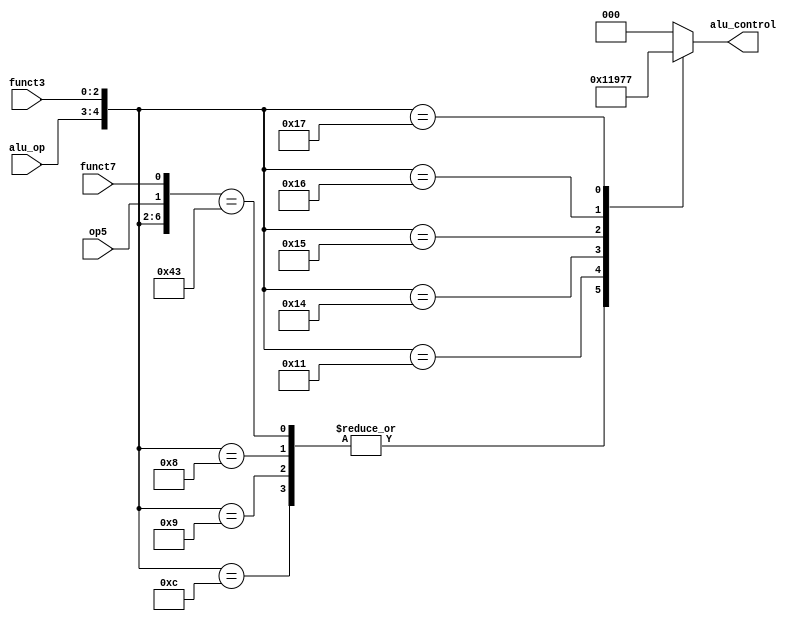
`timescale 1ns / 1ps
//////////////////////////////////////////////////////////////////////////////////
// Company: 
// Engineer: 
// 
// Design Name: 
// Module Name: alu_decoder
// Project Name: 
// Target Devices: 
// Tool Versions: 
// Description: 
// 
// Dependencies: 
// 
// Revision:
// Revision 0.01 - File Created
// Additional Comments:
// 
//////////////////////////////////////////////////////////////////////////////////


module alu_decoder(
    input wire [1:0] alu_op,       // 2-bit ALU operation code input
    input wire [2:0] funct3,       // 3-bit function code input
    input wire op5, funct7,        // 1-bit opcode 5 and 7 inputs
    output reg [2:0] alu_control   // 3-bit ALU control output
);

    wire [6:0] sel = {alu_op, funct3, op5, funct7};   // Concatenate the inputs for the select statement

    localparam [2:0]   ADD     = 3'b000,    // Local parameter for ADD operation
                       SHL     = 3'b001,    // Local parameter for SHL operation
                       SUB     = 3'b010,    // Local parameter for SUB operation
                       NOTUSED = 3'b011,    // Local parameter for UNUSED operation
                       XOR     = 3'b100,    // Local parameter for XOR operation
                       SHR     = 3'b101,    // Local parameter for SHR operation
                       OR      = 3'b110,    // Local parameter for OR operation
                       AND     = 3'b111;    // Local parameter for AND operation

    always @(*) begin
        casex (sel)                         // Use the concatenated value as selector
            7'b00_???_??: alu_control = ADD;            // lw, sw instructions - set to ADD
            7'b01_000_??, 7'b01_001_??, 7'b01_100_??:  // beq, bnq, blt - set to SUB
                alu_control = SUB;            
            7'b10_000_00, 7'b10_000_01, 7'b10_000_10:  // add, addi, sll - set to ADD
                alu_control = ADD;
            7'b10_000_11: alu_control = SUB;            // sub instruction - set to SUB
            7'b10_001_??: alu_control = SHL;            // shl instruction - set to SHL
            7'b10_100_??: alu_control = XOR;            // xor instruction - set to XOR
            7'b10_101_??: alu_control = SHR;            // shr instruction - set to SHR
            7'b10_110_??: alu_control = OR;             // or instruction - set to OR
            7'b10_111_??: alu_control = AND;            // and instruction - set to AND
            default: 
                alu_control = ADD;                      // Default to ADD if no match
        endcase
    end

endmodule